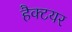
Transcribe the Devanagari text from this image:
हैक्टयर